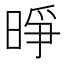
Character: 𪰭